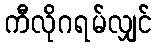
ကီလိုဂရမ်လျှင်